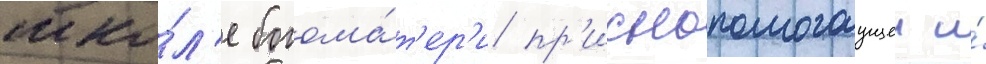
шко́л'е богома́т'ер'и пр'иснопомогаущеи и́